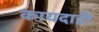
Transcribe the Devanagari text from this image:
कायदाही